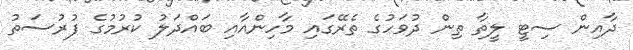
ދާއިން ސިޓީ ލީތާ ތިން ދުވަހުގެ ތެރޭގައި މާހިންއާއި ބައްދަލު ކުރުމުގެ ފުރުސަތު